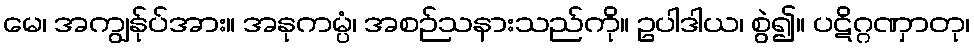
မေ၊ အကျွန်ုပ်အား။ အနုကမ္ပံ၊ အစဉ်သနားသည်ကို။ ဥပါဒါယ၊ စွဲ၍။ ပဋိဂ္ဂဏှာတု၊